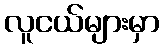
လူငယ်များမှာ